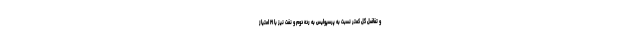
و تفاضل گل کمتر نسبت به پرسپولیس به رده دوم و نفت نیز با ۲۱ امتیاز